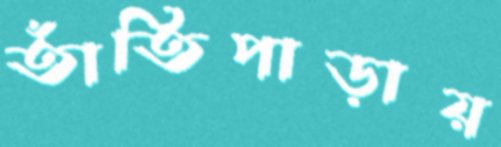
তাঁতিপাড়ায়